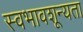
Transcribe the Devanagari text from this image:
स्वभावशून्यता